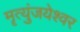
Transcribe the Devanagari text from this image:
मॄत्युंजयेश्वर